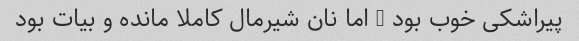
پیراشکی خوب بود … اما نان شیرمال کاملا مانده و بیات بود